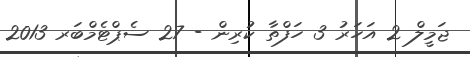
ޖަމީލް 2 އަހަރު 3 ހަފްތާ ކުރިން - 27 ސެޕްޓެމްބަރ 2013